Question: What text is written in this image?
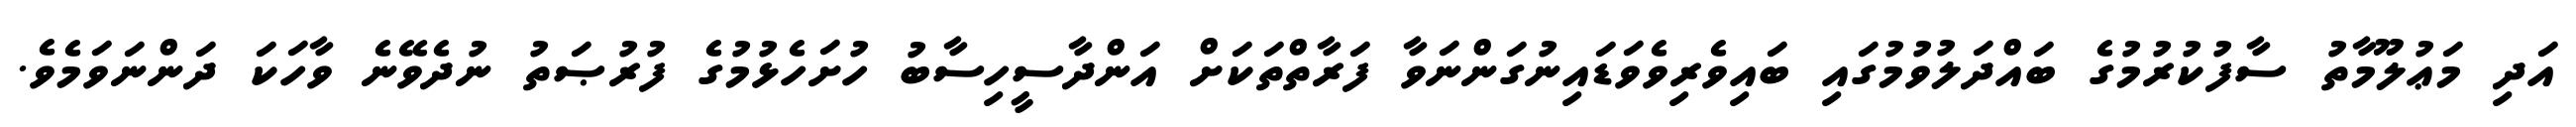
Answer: އަދި މަޢުލޫމާތު ސާފުކުރުމުގެ ބައްދަލުވުމުގައި ބައިވެރިވެވަޑައިނުގަންނަވާ ފަރާތްތަކަށް އަންދާސީހިސާބު ހުށަހެޅުމުގެ ފުރުޞަތު ނުދެވޭނެ ވާހަކަ ދަންނަވަމެވެ.